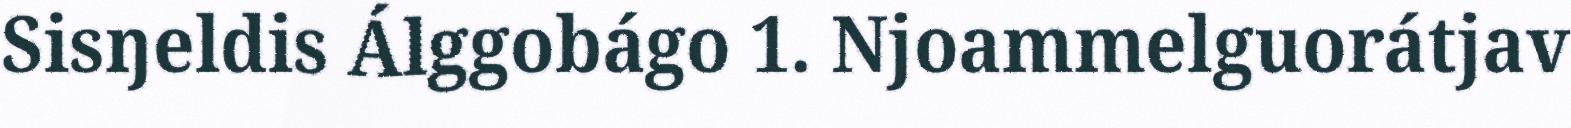
Sisŋeldis Álggobágo 1. Njoammelguorátjav